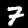
Digit: 7